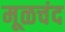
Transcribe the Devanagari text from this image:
मूळचंद